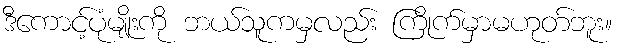
ဒီကောင့်ပုံမျိုးကို ဘယ်သူကမှလည်း ကြိုက်မှာမဟုတ်ဘူး။